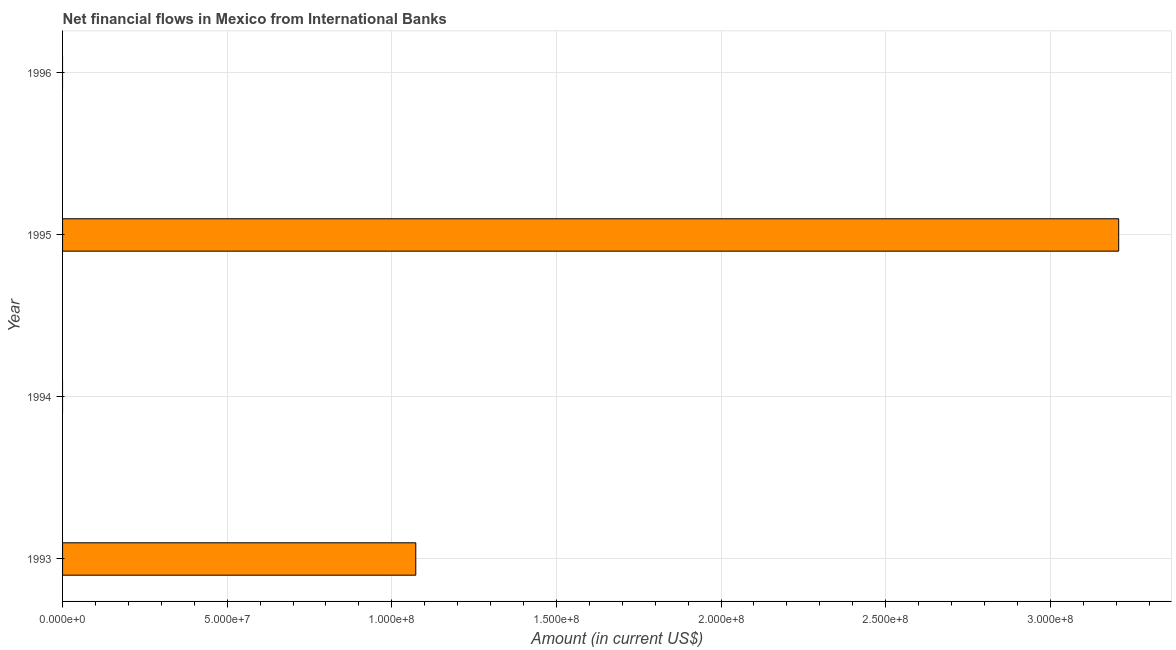
| Year | Net financial flows from IBRD |
 | --- | --- |
 | 1993 | 1.07e+08 |
 | 1994 | -1.23e+08 |
 | 1995 | 3.21e+08 |
 | 1996 | -3.59e+08 |